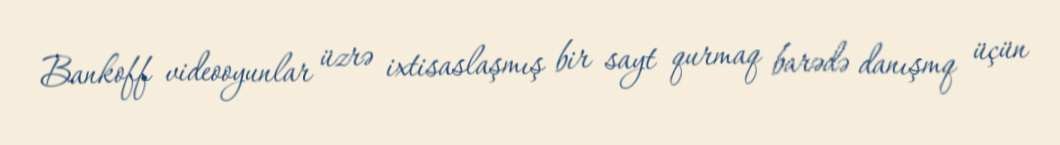
Bankoff videooyunlar üzrə ixtisaslaşmış bir sayt qurmaq barədə danışmq üçün